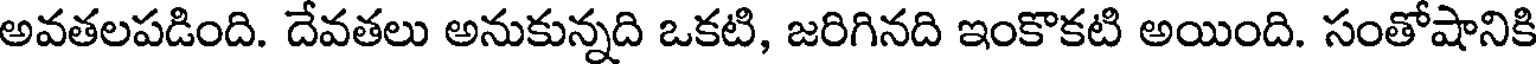
అవతలపడింది. దేవతలు అనుకున్నది ఒకటి, జరిగినది ఇంకొకటి అయింది. సంతోషానికి